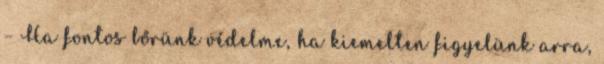
– Ha fontos bőrünk védelme, ha kiemelten figyelünk arra,